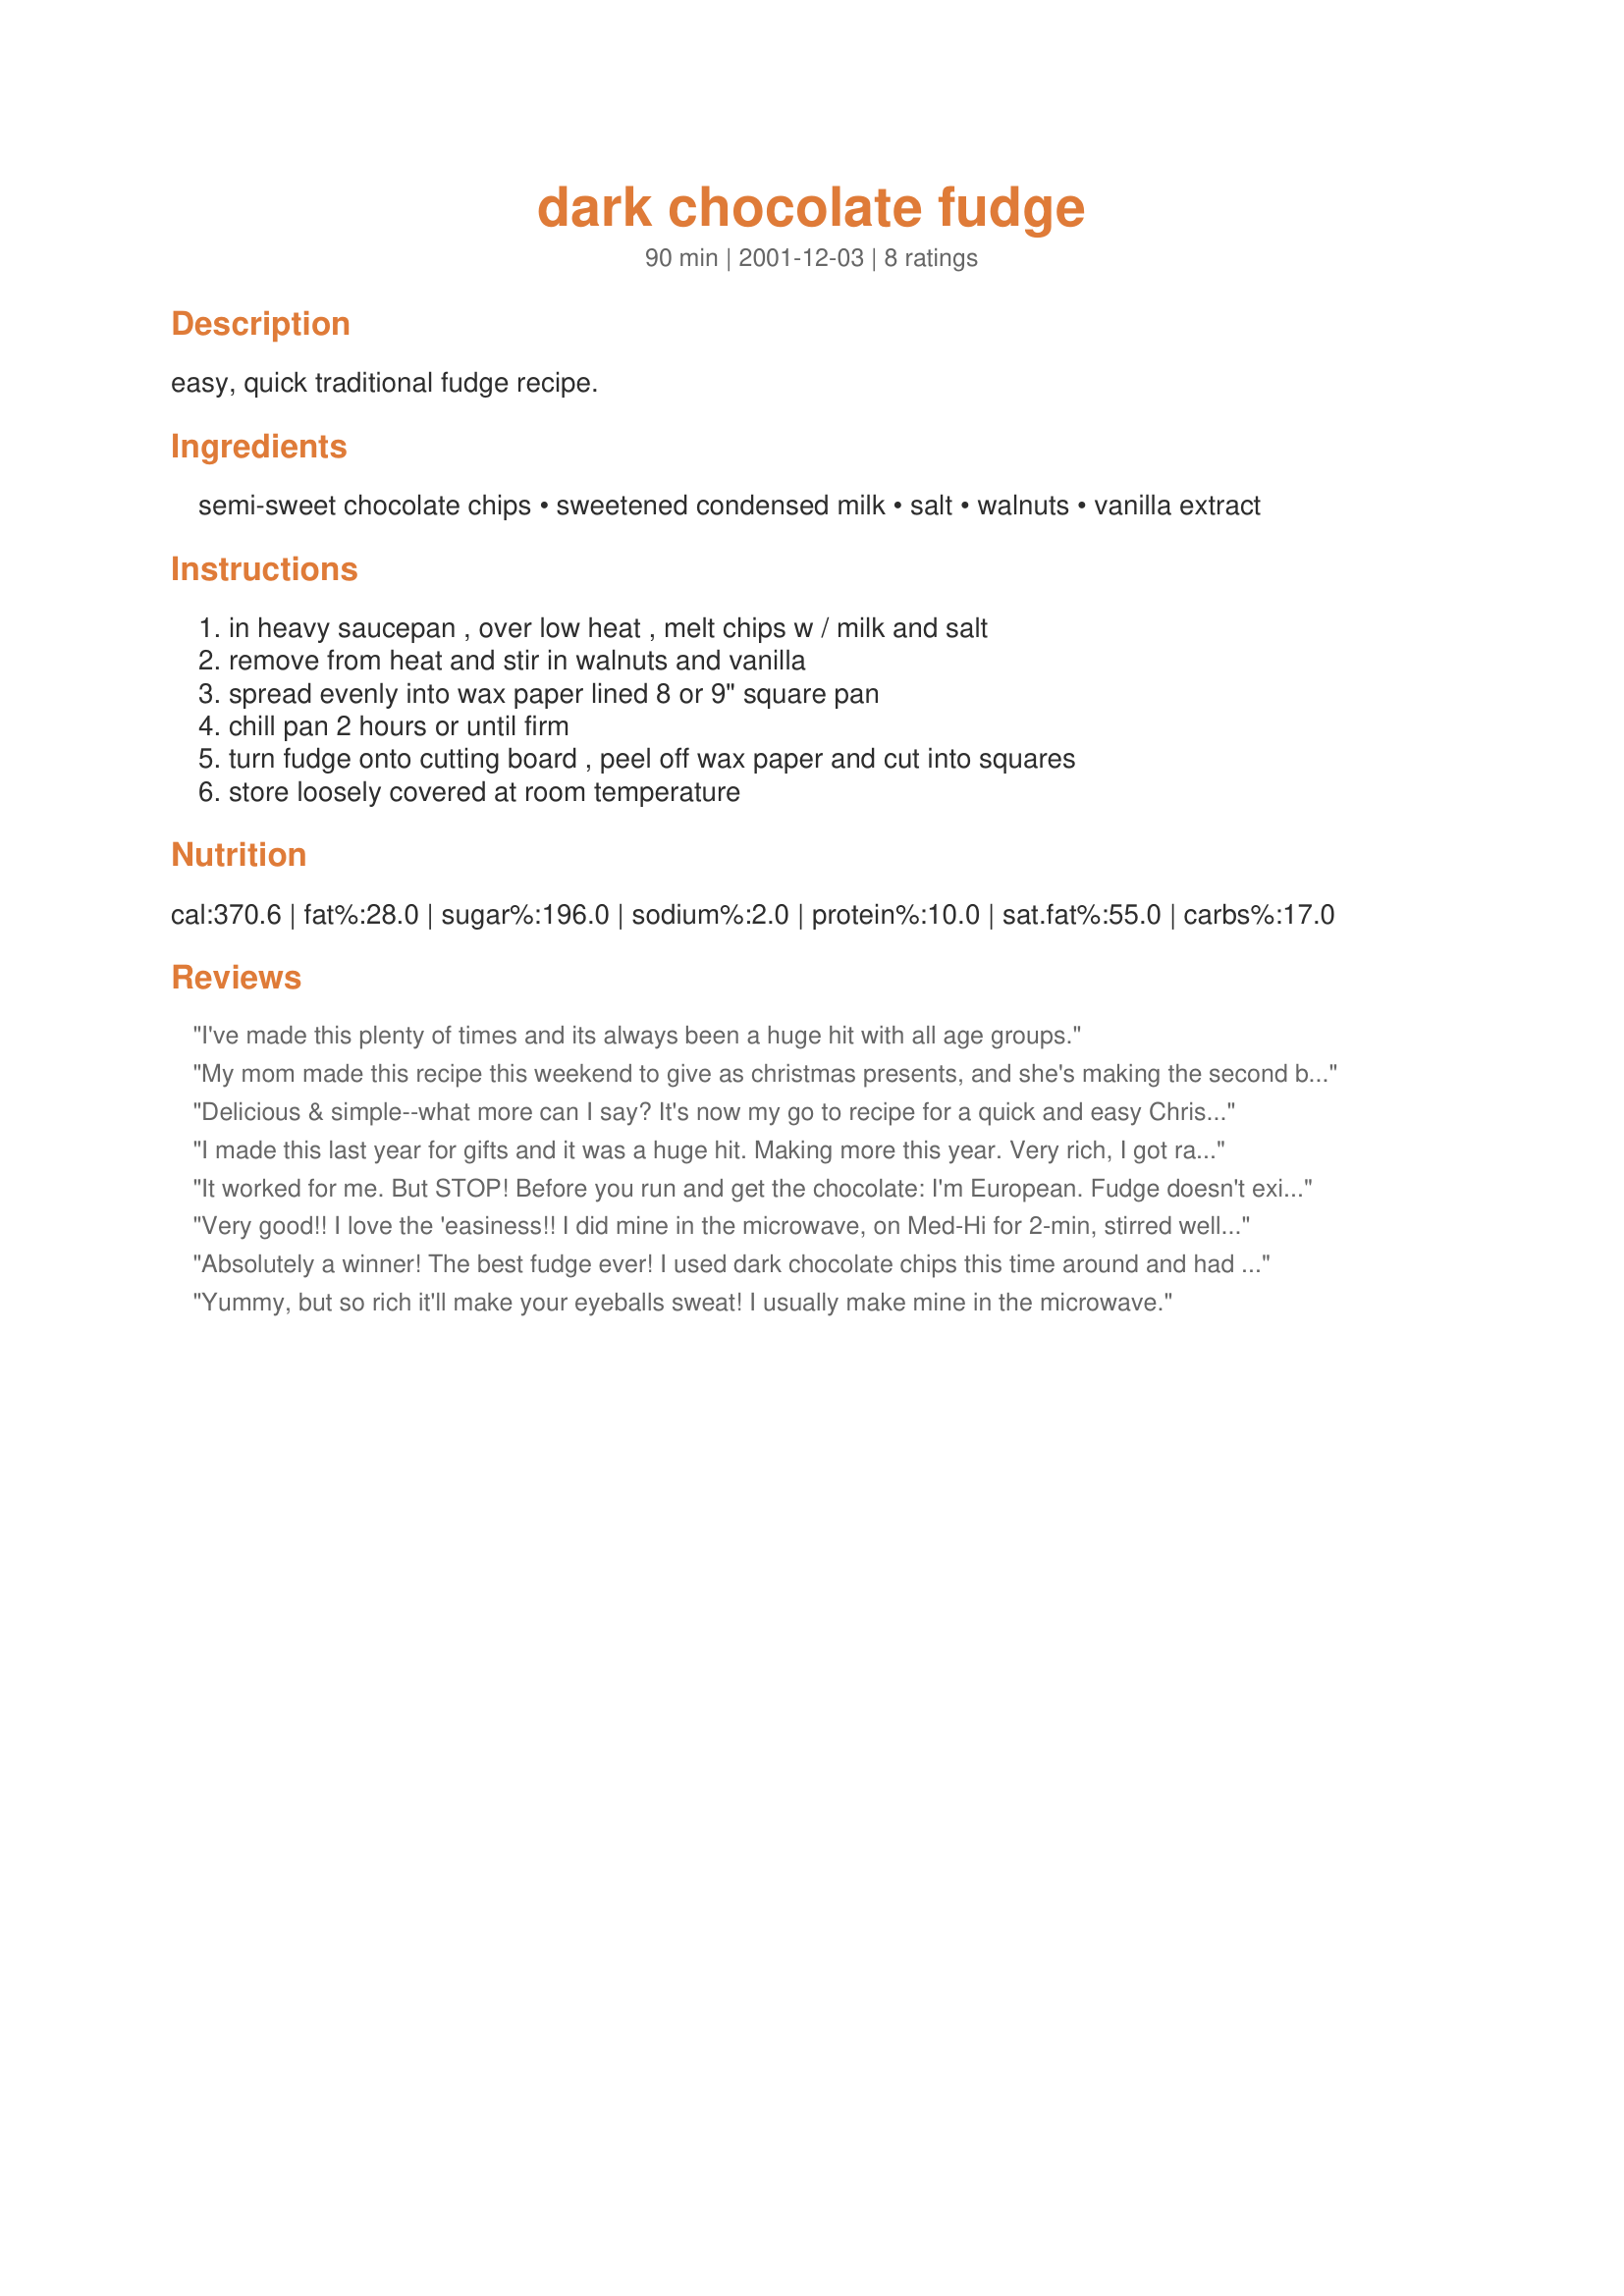
dark chocolate fudge
Preparation time: 90 minutes

easy, quick traditional fudge recipe.

Ingredients:
semi-sweet chocolate chips, sweetened condensed milk, salt, walnuts, vanilla extract

Steps:
in heavy saucepan , over low heat , melt chips w / milk and salt, remove from heat and stir in walnuts and vanilla, spread evenly into wax paper lined 8 or 9" square pan, chill pan 2 hours or until firm, turn fudge onto cutting board , peel off wax paper and cut into squares, store loosely covered at room temperature

Reviews:
I've made this plenty of times and its always been a huge hit with all age groups.
My mom made this recipe this weekend to give as christmas presents, and she's making the second batch now. I haven't tasted it, but everyone says 5 stars! We'll definitely use this recipe again, my mom loves how easy it is to make.
Delicious & simple--what more can I say? It's now my go to recipe for a quick and easy Christmas gift--a batch of this wrapped up in a Christmas tin would be a great gift for a co-worker or neighbor!
I made this last year for gifts and it was a huge hit. Making more this year. Very rich, I got rave reviews from everyone.
It worked for me.
But STOP! Before you run and get the chocolate: I'm European. Fudge doesn't exist in Europe, as far as I know, and I've never had some when I was in Canada and the U.S. - I've seen it being sold on a fair, though.
But not enough with this, I also have no Idea how to convert US to metric measures, I took 300g Chocolate, 340g (unsweetened) condensed milk, half of one european standard size bottle liquid vanilla butter flavour and 100g almonds.
It worked anyway. My Guess: It's really, really foolproof.
Very good!! I love the 'easiness!! I did mine in the microwave, on Med-Hi for 2-min, stirred well, added almond extract instead of vanilla, & made sure I left plenty in the bowl to lick while the rest hardened in the fridge for later. I've made this several times now & it's worked out great. Thanks!!!
Absolutely a winner! The best fudge ever! I used dark chocolate chips this time around and had to review it by saying it tastes even better if you are a dark chocolate fan.
Yummy, but so rich it'll make your eyeballs sweat!
I usually make mine in the microwave.
